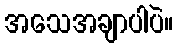
အသေအချာပါပဲ။